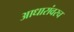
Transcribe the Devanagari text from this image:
आधारांवरच